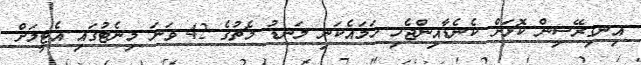
އިނގިރޭސިން ކޮޅަށް ކެނެޑާއިންޖެހި ހަމައެކަނި ލަނޑު މެޗުގެ 42 ވަނަ މިނެޓުގައި އެޓީމަށް